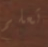
تعلم